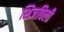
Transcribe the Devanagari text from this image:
शिजविली